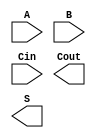
/****************************************************************************************

	File name    : CLA_32_bits_adder
	LastEditors  : H
	LastEditTime : 2021-09-26 19:50:39
	Last Version : 1.0
	Description  : 
	
	----------------------------------------------------------------------------------------
	
	Author       : H
	Date         : 2021-09-26 19:50:37
	FilePath     : \MIPS_32_bit\CLA_adder\CLA_32_bits_adder.v
	Copyright 2021 H, All Rights Reserved. 

****************************************************************************************/
module CLA_32_bits_adder (
    input   [31:0]      A,
    input   [31:0]      B,
    input               Cin,
    
    output              Cout,
    output  [31:0]      S
);
    
endmodule